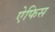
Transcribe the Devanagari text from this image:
ऐफिस